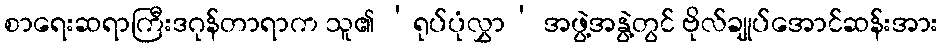
စာရေးဆရာကြီးဒဂုန်တာရာက သူ၏ ‘ရုပ်ပုံလွှာ’ အဖွဲ့အနွဲ့တွင် ဗိုလ်ချုပ်အောင်ဆန်းအား